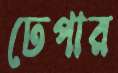
ঢেপার